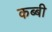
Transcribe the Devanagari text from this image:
कब्बी